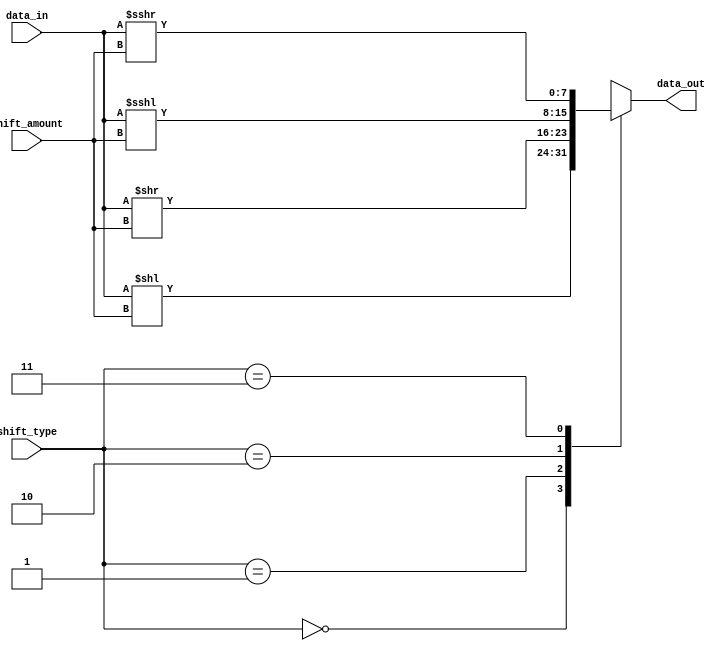
module barrel_shifter (
    input [7:0] data_in,
    input [1:0] shift_amount,
    input [1:0] shift_type,
    output reg [7:0] data_out
);

always @(*) begin
    case(shift_type)
        2'b00: data_out = data_in << shift_amount; //logical shift left
        2'b01: data_out = data_in >> shift_amount; //logical shift right
        2'b10: data_out = $signed(data_in) <<< shift_amount; //arithmetic shift left
        2'b11: data_out = $signed(data_in) >>> shift_amount; //arithmetic shift right
        default: data_out = data_in;
    endcase
end

endmodule